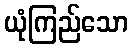
ယုံကြည်သော